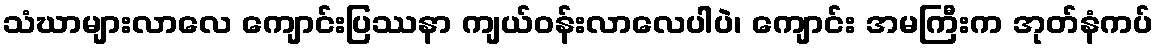
သံဃာများလာလေ ကျောင်းပြဿနာ ကျယ်ဝန်းလာလေပါပဲ၊ ကျောင်း အမကြီးက အုတ်နံကပ်